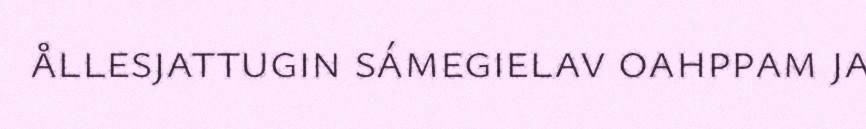
ållesjattugin sámegielav oahppam ja